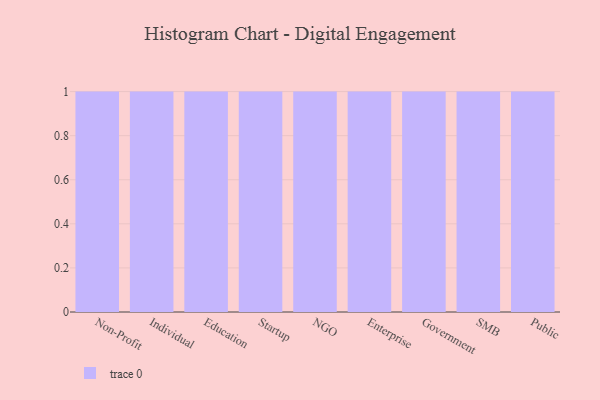
{"axis": {"x": "Segment", "y": "Satisfaction Score"}, "legend": [""], "data": [{"x": "Non-Profit", "y": 18, "type": ""}, {"x": "Individual", "y": 64, "type": ""}, {"x": "Education", "y": 37, "type": ""}, {"x": "Startup", "y": 51, "type": ""}, {"x": "NGO", "y": 78, "type": ""}, {"x": "Enterprise", "y": 68, "type": ""}, {"x": "Government", "y": 71, "type": ""}, {"x": "SMB", "y": 81, "type": ""}, {"x": "Public", "y": 35, "type": ""}]}